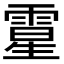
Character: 𩄆